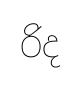
රිද